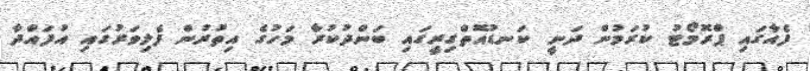
ފެއާގައި ޕްރޮމޯޓު ކުރަމުން ދަނީ ކަަނޑުއޮތްގިރީގައި ބަންދުކުރާ މަހުގެ އިތުރުން ފެލިވަރުގައި އުފައްދާ